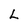
Character: L